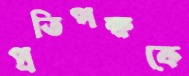
প্রতিপক্ষকে